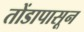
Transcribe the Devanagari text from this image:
तोंडापासून